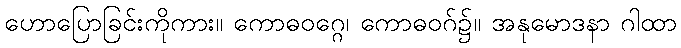
ဟောပြောခြင်းကိုကား။ ကောဓဝဂ္ဂေ၊ ကောဓဝဂ်၌။ အနုမောဒနာ ဂါထာ